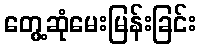
တွေ့ဆုံမေးမြန်းခြင်း